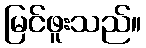
မြင်ဖူးသည်။